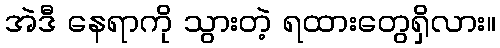
အဲဒီ နေရာကို သွားတဲ့ ရထားတွေရှိလား။